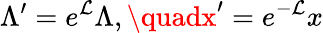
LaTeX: \Lambda^{\prime}=e^{\mathcal{L}}\Lambda,\quadx^{\prime}=e^{-\mathcal{L}}x